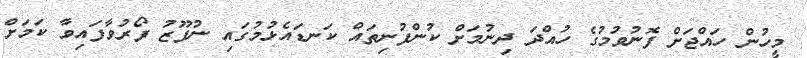
މީހުން ހައްޖަށް ފޮނުވުމުގެ ހުއްދަ ދިނުމަށް ކުންފުނިތައް ކަނޑައެޅުމުގައި ނުފޫޒު ފޯރުވާފައިވާ ކަމަށް